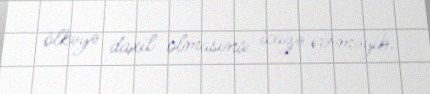
ölkəyə daxil olmasına icazə verməyib.